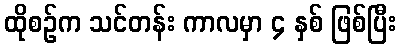
ထိုစဉ်က သင်တန်း ကာလမှာ ၄ နှစ် ဖြစ်ပြီး